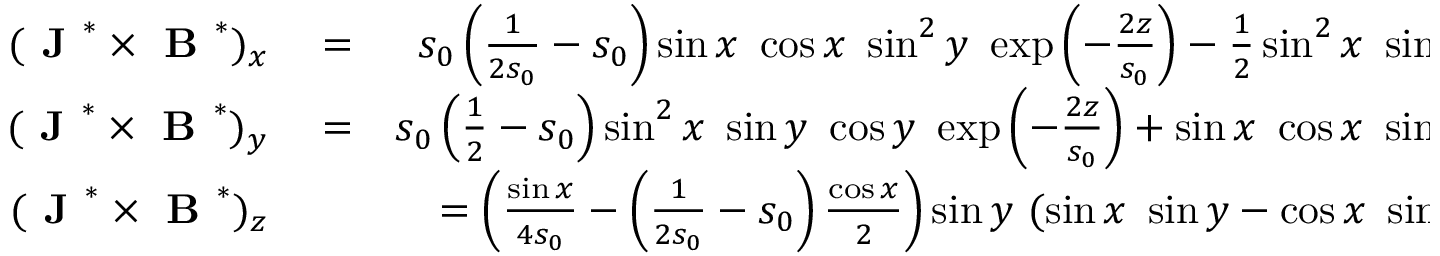
\begin{array} { r l r } { ( \textbf { J } ^ { * } \times \textbf { B } ^ { * } ) _ { x } } & { { } = } & { s _ { 0 } \left( \frac { 1 } { 2 s _ { 0 } } - s _ { 0 } \right) \sin x ~ \cos x ~ \sin ^ { 2 } y ~ \exp \left( - \frac { 2 z } { s _ { 0 } } \right) - \frac { 1 } { 2 } \sin ^ { 2 } x ~ \sin ^ { 2 } y ~ \exp \left( - \frac { 2 z } { s _ { 0 } } \right) } \\ { ( \textbf { J } ^ { * } \times \textbf { B } ^ { * } ) _ { y } } & { { } = } & { s _ { 0 } \left( \frac { 1 } { 2 } - s _ { 0 } \right) \sin ^ { 2 } x ~ \sin y ~ \cos y ~ \exp \left( - \frac { 2 z } { s _ { 0 } } \right) + \sin x ~ \cos x ~ \sin ^ { 2 } y ~ \exp \left( - \frac { 2 z } { s _ { 0 } } \right) } \\ { ( \textbf { J } ^ { * } \times \textbf { B } ^ { * } ) _ { z } } & { { } } & { = \left( \frac { \sin x } { 4 s _ { 0 } } - \left( \frac { 1 } { 2 s _ { 0 } } - s _ { 0 } \right) \frac { \cos x } { 2 } \right) \sin y ~ ( \sin x ~ \sin y - \cos x ~ \sin y ) ~ \exp \left( - \frac { 2 z } { s _ { 0 } } \right) } \end{array}